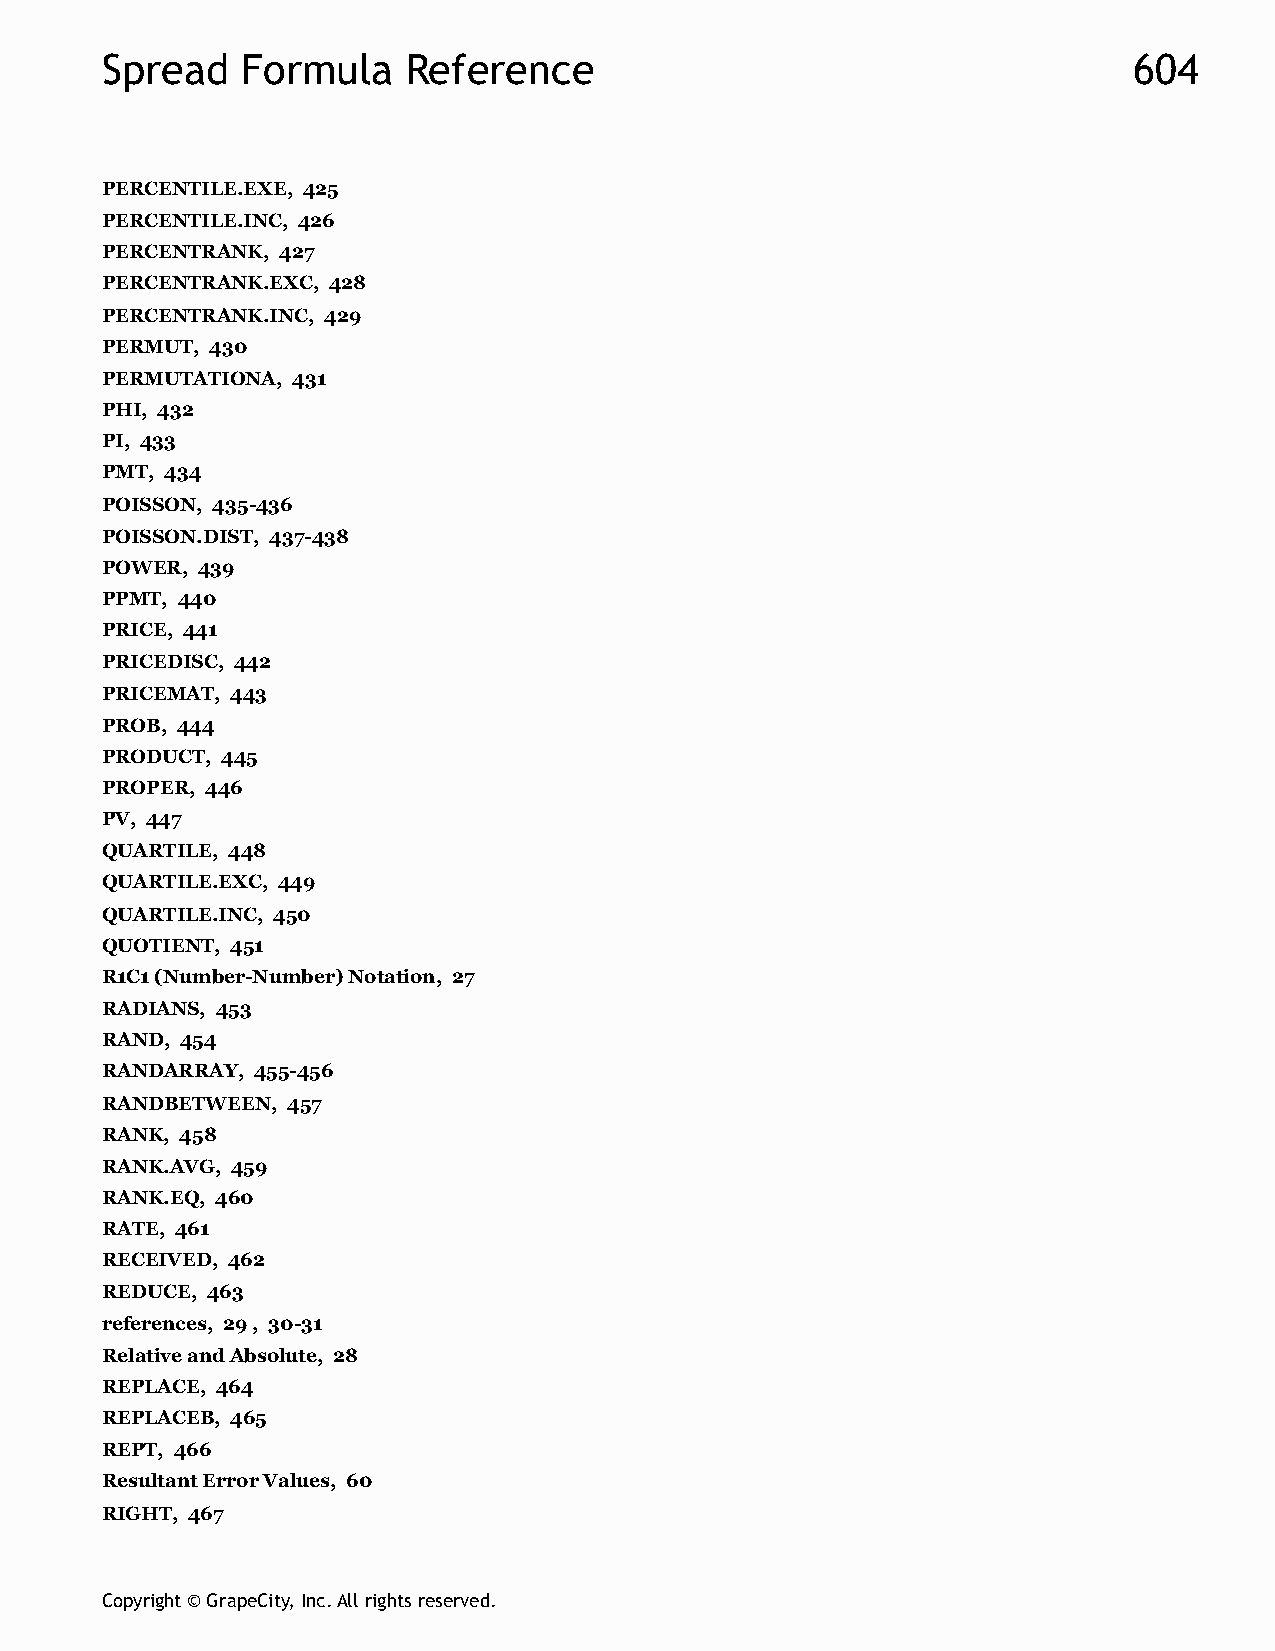
Spread   Formula    Reference                                       604
 PERCENTILE.EXE, 425
 PERCENTILE.INC, 426
 PERCENTRANK, 427
 PERCENTRANK.EXC, 428
 PERCENTRANK.INC, 429
 PERMUT, 430
 PERMUTATIONA, 431
 PHI, 432
 PI, 433
 PMT, 434
 POISSON, 435-436
 POISSON.DIST, 437-438
 POWER, 439
 PPMT, 440
 PRICE, 441
 PRICEDISC, 442
 PRICEMAT, 443
 PROB, 444
 PRODUCT, 445
 PROPER, 446
 PV, 447
 QUARTILE, 448
 QUARTILE.EXC, 449
 QUARTILE.INC, 450
 QUOTIENT, 451
 R1C1 (Number-Number) Notation, 27
 RADIANS, 453
 RAND, 454
 RANDARRAY, 455-456
 RANDBETWEEN, 457
 RANK, 458
 RANK.AVG, 459
 RANK.EQ, 460
 RATE, 461
 RECEIVED, 462
 REDUCE, 463
 references, 29 , 30-31
 Relative and Absolute, 28
 REPLACE, 464
 REPLACEB, 465
 REPT, 466
 Resultant Error Values, 60
 RIGHT, 467
 Copyright © GrapeCity, Inc. All rights reserved.